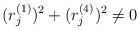
LaTeX: \begin{align*}(r_j^{(1)})^2+(r_j^{(4)})^2\not =0\end{align*}